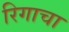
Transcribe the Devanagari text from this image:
रिगाचा